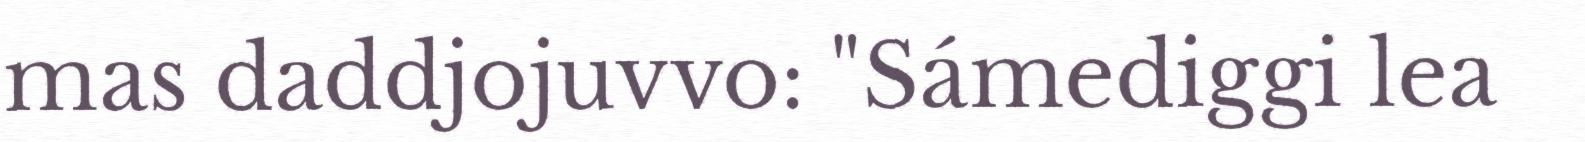
mas daddjojuvvo: "Sámediggi lea